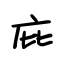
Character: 庇